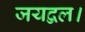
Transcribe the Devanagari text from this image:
जयद्वल।